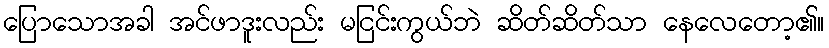
ပြောသောအခါ အင်ဖာဒူးလည်း မငြင်းကွယ်ဘဲ ဆိတ်ဆိတ်သာ နေလေတော့၏။